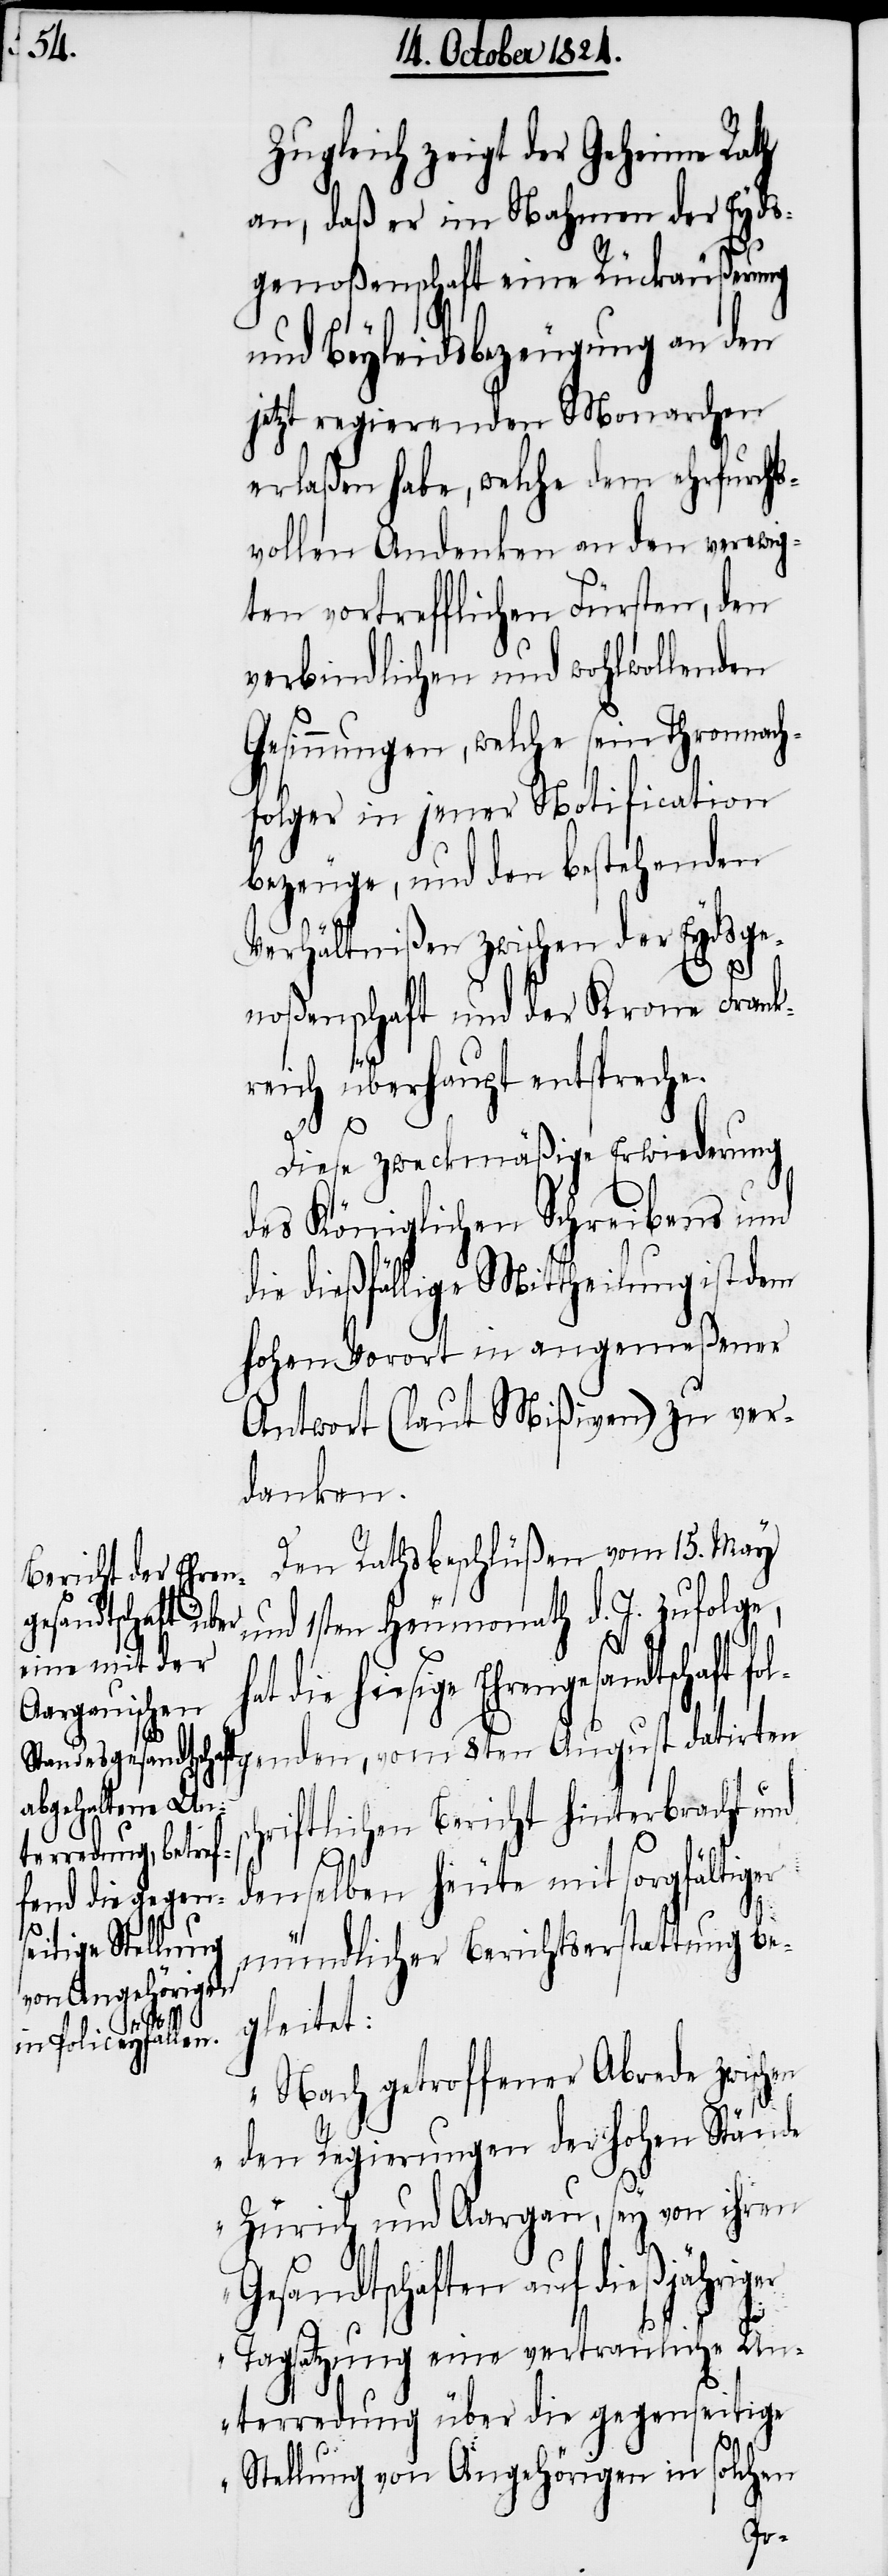
Zugleich zeigt der Geheime Rath
an, daß er im Nahmen der Eyds¬
genoßenschaft eine Rückäußerung
und Beyleidsbezeugung an den
jetzt regierenden Monarchen
erlaßen habe, welche dem ehrfurcht¬
svollen Andenken an den verewig¬
ten vortrefflichen Fürsten, den
verbindlichen und wohlwollenden
Gesinnungen, welche seine Thronnach¬
folger in jener Notification
bezeuge, und den bestehenden
Verhältnißen zwischen der Eydsge¬
noßenschaft und der Krone Frank¬
reich überhaupt entspreche.
Diese zweckmäßige Erwiederung
des Königlichen Schreibens und
die dießfällige Mittheilung ist dem
hohen Vorort in angemeßener
Antwort (laut Mißiven) zu ver¬
danken.
Den Rathsbeschlüßen vom 15. May
und 1sten Heumonath d. J. zufolge,
hat die hiesige
Ehrengesandtschaft folgenden, vom 8ten August datirten
hriftlichen Bericht hinterbracht und
denselben heute mit sorgfältiger
sc¬
mündlichen Berichtserstattung be¬
gleitet:
„Nach getroffener Abrede zwischen
den Regierungen der hohen Stände
Zürich und Aargau, sey von ihren
Gesandtschaften auf dießjähriger
Tagsatzung eine vertrauliche Un¬
terredung über die gegenseitige
Stellung von Angehörigen in solchen